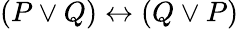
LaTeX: (P\lor Q)\leftrightarrow(Q\lor P)